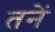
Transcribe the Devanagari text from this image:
तनें